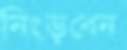
নিংড়বেন